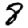
Digit: 8